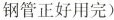
钢管正好用完)